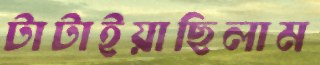
টাটাইয়াছিলাম